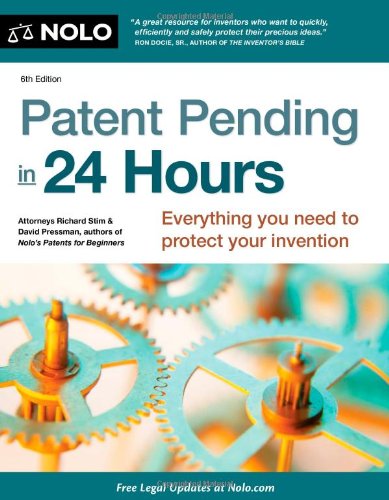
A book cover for Patent Pending in 24 Hours; Richard Stim; Law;